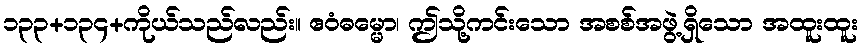
၁၃၃+၁၃၄+ကိုယ်သည်လည်း။ ဧဝံဓမ္မော၊ ဤသို့ကင်းသော အစစ်အဖွဲ့ရှိသော အထူးထူး